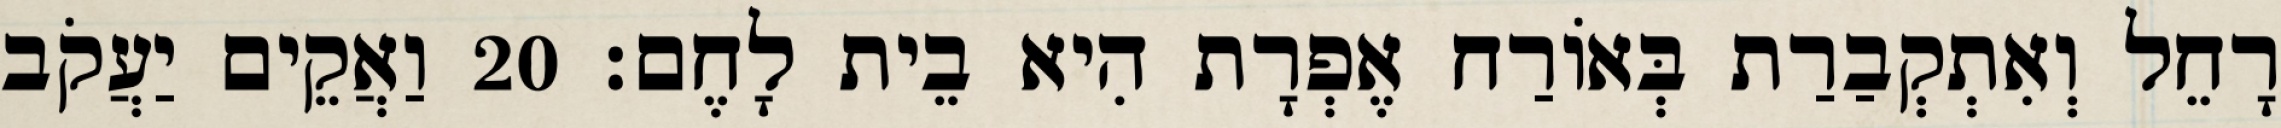
רָחֵל וְאִתְקְבַרַת בְּאוֹרַח אֶפְרָת הִיא בֵית לָחֶם׃ 20 וַאֲקֵים יַעֲקֹב